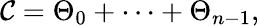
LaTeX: {\cal C}=\Theta_{0}+\cdots+\Theta_{n-1},